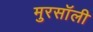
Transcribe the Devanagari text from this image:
मुरसॉली